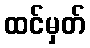
ထင်မှတ်